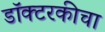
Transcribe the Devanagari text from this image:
डॉक्टरकीचा